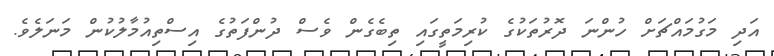
އަދި މަގުމައްޗަށް ހުންނަ ދޮރުތަކުގެ ކުރިމަތީގައި ތިބެގެން ވެސް ދުންފަތުގެ އިސްތިއުމާލުކުން މަނަލެވެ.